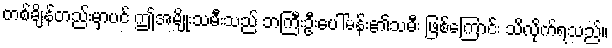
တစ်ချိန်တည်းမှာပင် ဤအမျိုးသမီးသည် ဘကြီးဦးပေါ်မန်း၏သမီး ဖြစ်ကြောင်း သိလိုက်ရသည်။